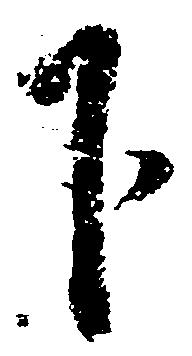
下